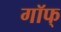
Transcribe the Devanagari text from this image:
गॉफ्